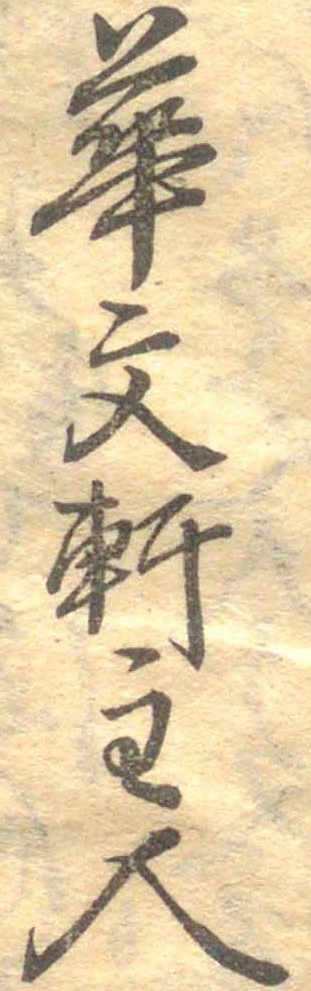
華文軒主人